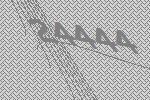
24444